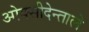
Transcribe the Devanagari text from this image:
ओक्सीदेन्ताले